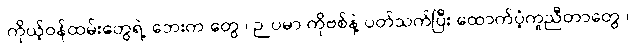
၊ကိုယ့်ဝန်ထမ်းတွေရဲ့ ဘေးက တွေ ၊ ဉပမာ ကိုဗစ်နဲ့ ပတ်သက်ပြီး ထောက်ပံ့ကူညီတာတွေ ၊